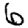
Digit: 6